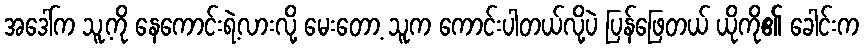
အဒေါ်က သူ့ကို နေကောင်းရဲ့လားလို့ မေးတော့ သူက ကောင်းပါတယ်လို့ပဲ ပြန်ဖြေတယ် ယိုကို၏ ခေါင်းက